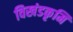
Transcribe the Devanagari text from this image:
विखंडकृमि